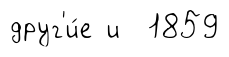
друг'и́е и 1859